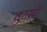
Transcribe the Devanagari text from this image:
लुतख़ो